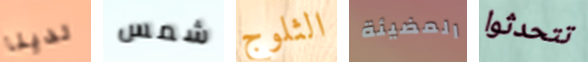
لدينا شمس الثلوج المضيئة تتحدثوا